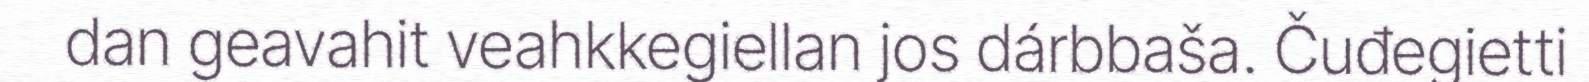
dan geavahit veahkkegiellan jos dárbbaša. Čuđegietti